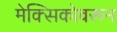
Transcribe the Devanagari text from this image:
मेक्सिकोवरून